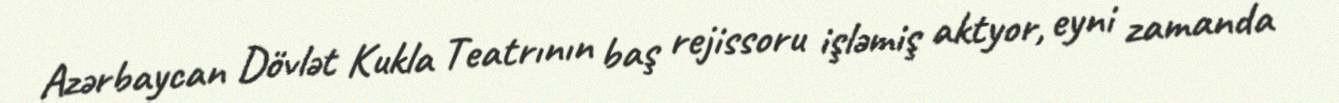
Azərbaycan Dövlət Kukla Teatrının baş rejissoru işləmiş aktyor, eyni zamanda